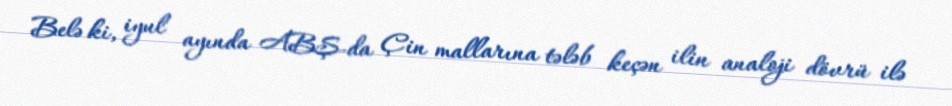
Belə ki, iyul ayında ABŞ-da Çin mallarına tələb keçən ilin analoji dövrü ilə